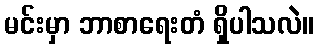
မင်းမှာ ဘာစာရေးတံ ရှိပါသလဲ။